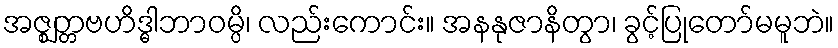
အဇ္ဈတ္တဗဟိဒ္ဓါဘာဝမ္ပိ၊ လည်းကောင်း။ အနနုဇာနိတွာ၊ ခွင့်ပြုတော်မမူဘဲ။